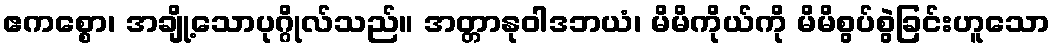
ဧကစ္စော၊ အချို့သောပုဂ္ဂိုလ်သည်။ အတ္တာနုဝါဒဘယံ၊ မိမိကိုယ်ကို မိမိစွပ်စွဲခြင်းဟူသော